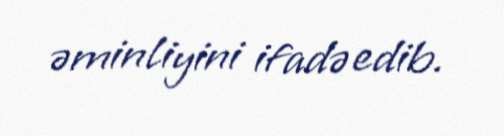
əminliyini ifadə edib.